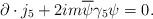
LaTeX: \begin{align*}\partial \cdot j_5 +2im \overline{\psi}\gamma_{5}\psi =0.\end{align*}